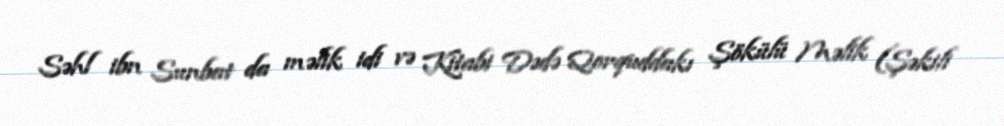
Səhl ibn Sunbat da məlik idi və Kitabi Dədə Qorquddakı Şökülü Məlik (Şəkili